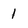
Character: 1